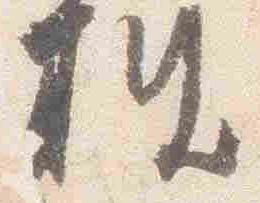
披